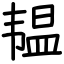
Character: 韫